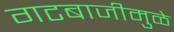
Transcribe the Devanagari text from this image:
गटबाजीमुळे